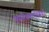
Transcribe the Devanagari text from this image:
पुयातेजबलोद्धिको